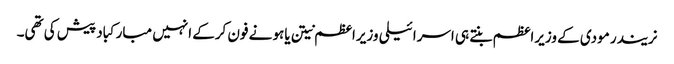
نریندر مودی کے وزیراعظم بنتے ہی اسرائیلی وزیراعظم نیتن یاہو نے فون کرکے انہیں مبارکباد پیش کی تھی۔